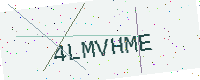
Text: 4LMVHME